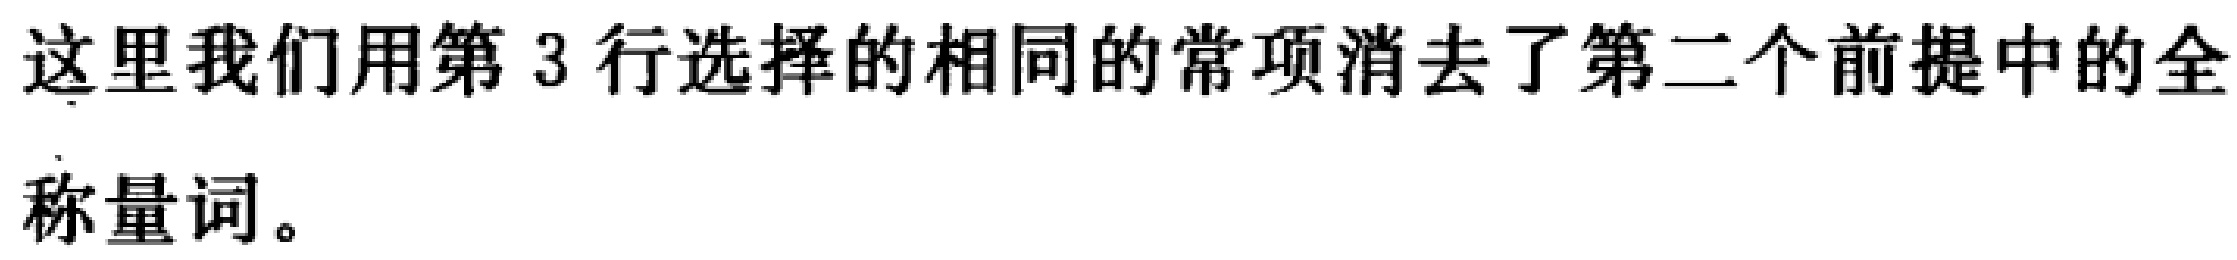
这里我们用第 3 行选择的相同的常项消去了第二个前提中的全称量词。